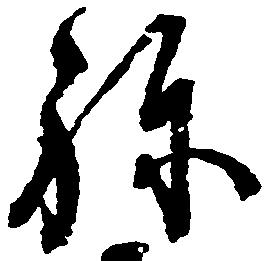
ね